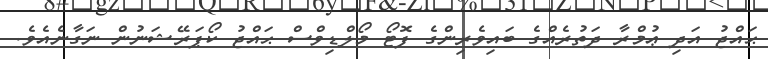
ޙައްޖު އަދި ޢުމްރާ ދަތުރެއްގެ ބައިވެރިންގެ ފޮޓޯ މޯލްޑިވްސް ޙައްޖު ކޯޕަރޭޝަނުން ނަގާނެއެވެ.